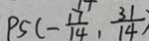
P 5 ( - \frac { 1 7 } { 1 4 } , \frac { 3 1 } { 1 4 } )